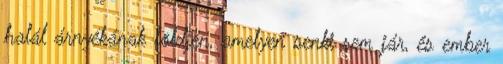
halál árnyékának földjén, amelyen senki sem jár, és ember